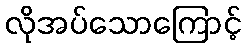
လိုအပ်သောကြောင့်